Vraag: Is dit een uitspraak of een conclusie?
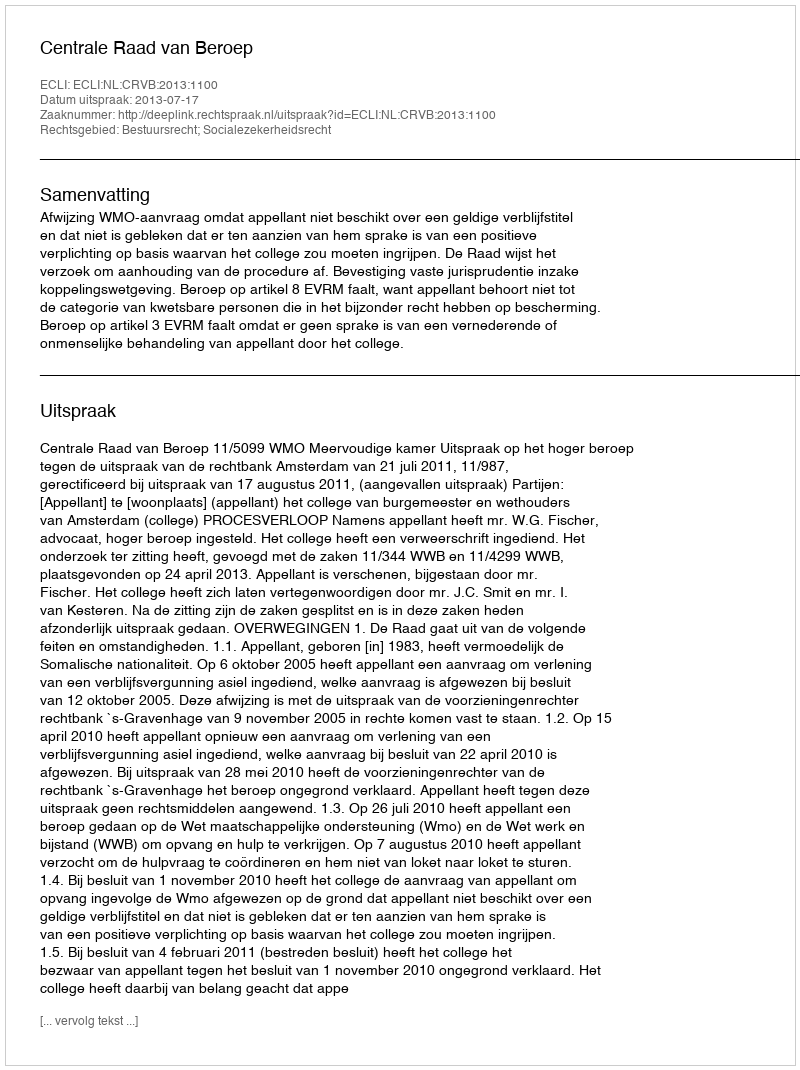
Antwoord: Uitspraak